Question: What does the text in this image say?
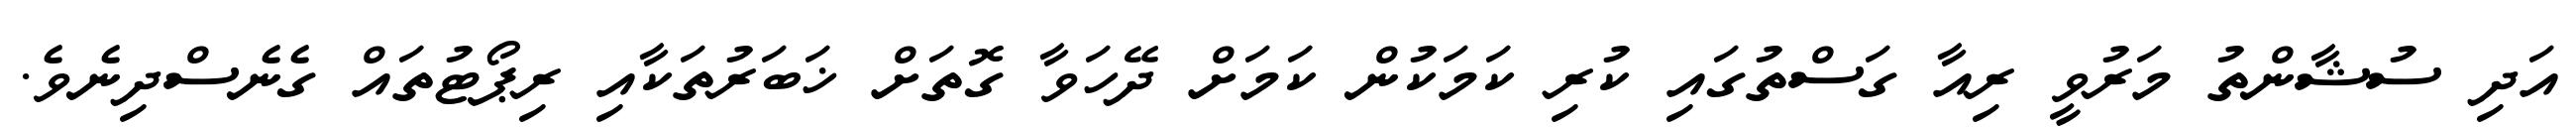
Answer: އަދި ސުޝާންތު މަރުވީ ރިއާ ގަސްތުގައި ކުރި ކަމަކުން ކަމަށް ދޭހަވާ ގޮތަށް ޚަބަރުތަކާއި ރިޕޯޓުތައް ގެނެސްދިނެވެ.